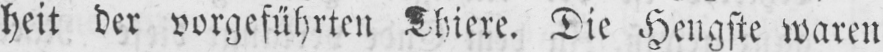
heit der vorgeführten Thiere. Die Hengste waren